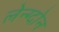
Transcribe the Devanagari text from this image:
लेन्ग्दोन